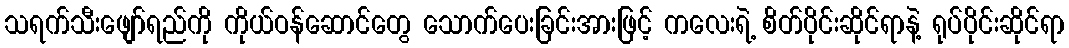
သရက်သီးဖျော်ရည်ကို ကိုယ်ဝန်ဆောင်တွေ သောက်ပေးခြင်းအားဖြင့် ကလေးရဲ့ စိတ်ပိုင်းဆိုင်ရာနဲ့ ရုပ်ပိုင်းဆိုင်ရာ